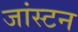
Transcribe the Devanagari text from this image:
जांस्टन